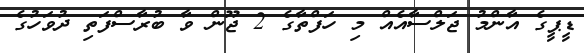
ޑީޕީގެ އާންމު ޖަލްސާއެއް މި ހަފްތާގެ 2 ޖޫން ވާ ބުރާސްފަތި ދުވަހުގެ